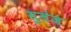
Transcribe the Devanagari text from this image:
सुलेज